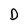
Character: D